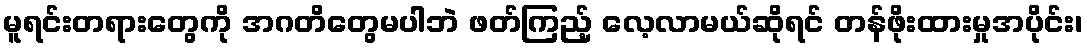
မူရင်းတရားတွေကို အဂတိတွေမပါဘဲ ဖတ်ကြည့် လေ့လာမယ်ဆိုရင် တန်ဖိုးထားမှုအပိုင်း၊